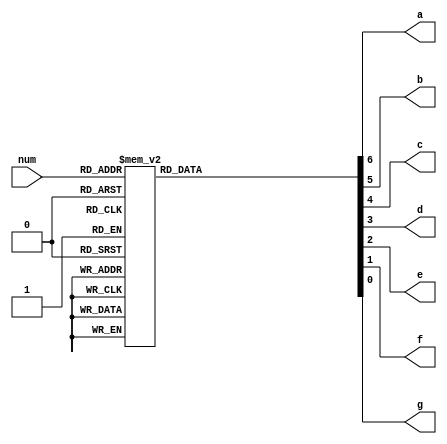
`timescale 1ns / 1ps
//////////////////////////////////////////////////////////////////////////////////
// Company: 
// Engineer: 
// 
// Design Name: 
// Module Name: sevenseg
// Project Name: 
// Target Devices: 
// Tool Versions: 
// Description: 
// 
// Dependencies: 
// 
// Revision:
// Revision 0.01 - File Created
// Additional Comments:
// 
//////////////////////////////////////////////////////////////////////////////////

module sevenseg(input [3:0] num, 
                output a,b,c,d,e,f,g );
    reg [6:0]  d_out;
    always @ *
        case(num)
            4'h0: d_out = 7'b0000001;
            4'h1: d_out = 7'b1001111;
            4'h2: d_out = 7'b0010010;
            4'h3: d_out = 7'b0000110;
            4'h4: d_out = 7'b1001100;
            4'h5: d_out = 7'b0100100;
            4'h6: d_out = 7'b0100000;
            4'h7: d_out = 7'b0001111;
            4'h8: d_out = 7'b0000000;
            4'h9: d_out = 7'b0000100;
            4'hA: d_out = 7'b0001000;
            4'hb: d_out = 7'b1100000;
            4'hC: d_out = 7'b0110001;
            4'hd: d_out = 7'b1000010;
            4'hE: d_out = 7'b0110000;
            4'hF: d_out = 7'b0111000;
        endcase 
    assign a = d_out[6]; 
    assign b = d_out[5];
    assign c = d_out[4];
    assign d = d_out[3];
    assign e = d_out[2];
    assign f = d_out[1];
    assign g = d_out[0];         
endmodule